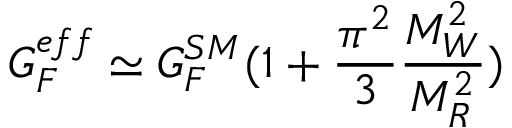
G _ { F } ^ { e f f } \simeq G _ { F } ^ { S M } ( 1 + \frac { \pi ^ { 2 } } { 3 } \frac { M _ { W } ^ { 2 } } { M _ { R } ^ { 2 } } )